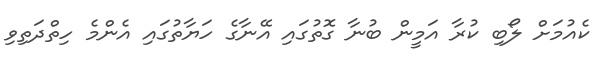
ކެއުމަށް ލޯބި ކުރާ އަމީން ބުނާ ގޮތުގައި އޭނާގެ ހަޔާތުގައި އެންމެ ހިތްދަތިވި